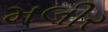
મલીર